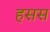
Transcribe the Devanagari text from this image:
हसस